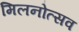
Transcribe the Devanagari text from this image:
मिलनोत्सव